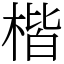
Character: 楷